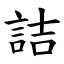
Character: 詰